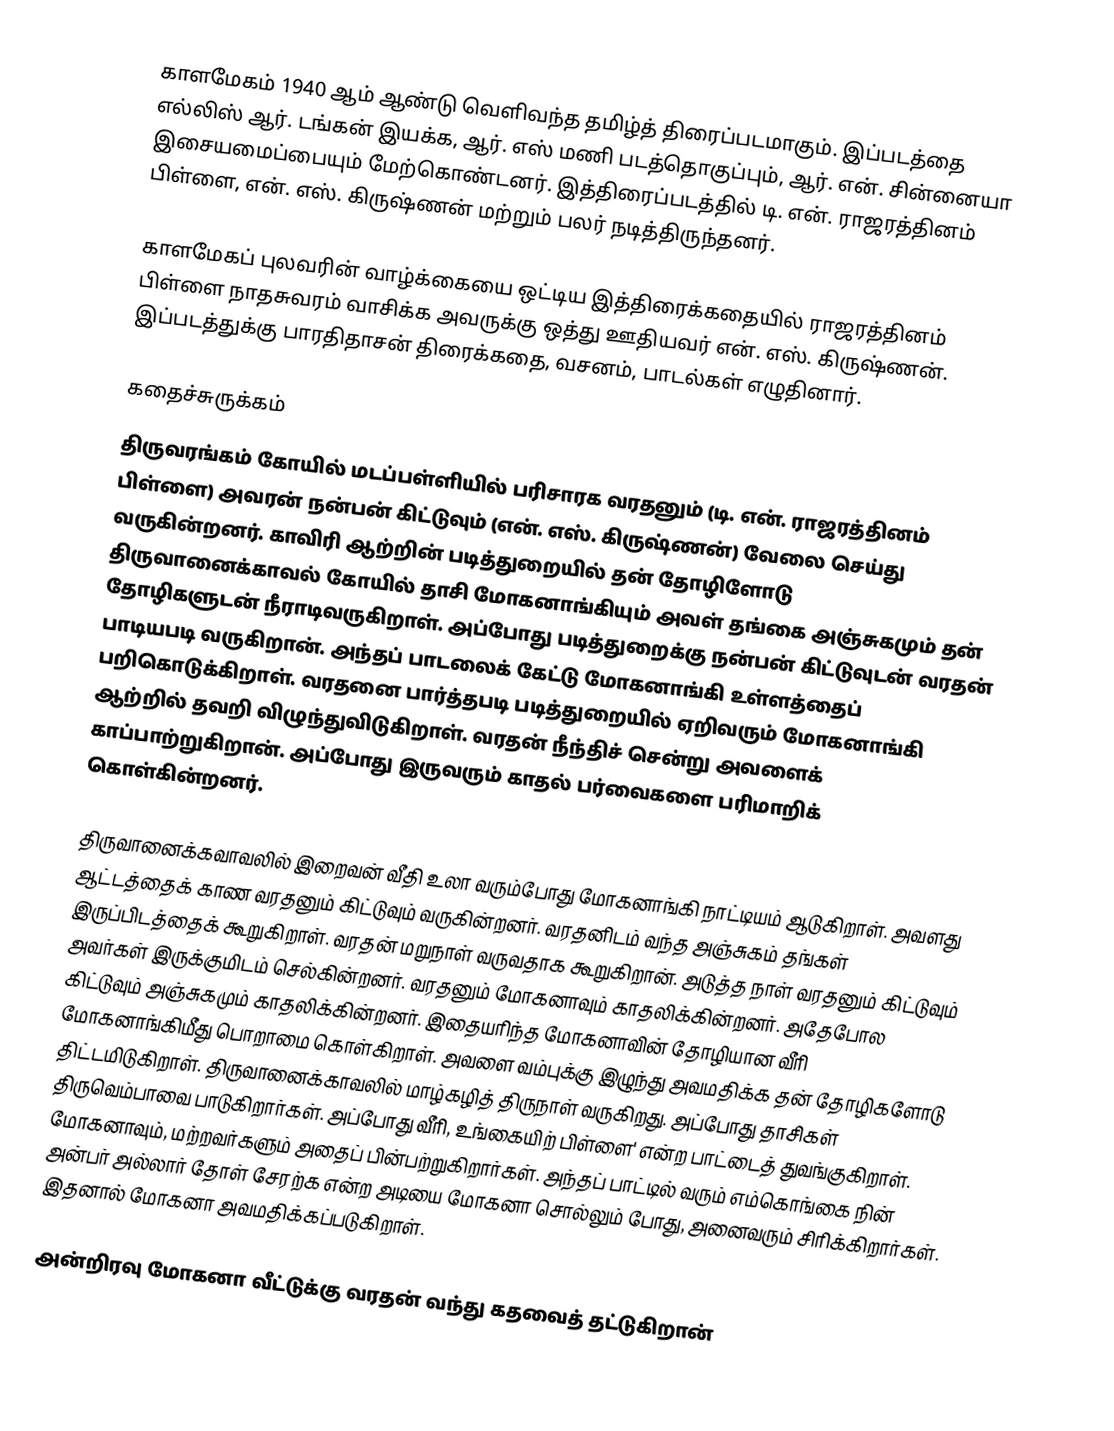
காளமேகம் 1940 ஆம் ஆண்டு வெளிவந்த தமிழ்த் திரைப்படமாகும். இப்படத்தை எல்லிஸ் ஆர். டங்கன் இயக்க, ஆர். எஸ் மணி படத்தொகுப்பும், ஆர். என். சின்னையா இசையமைப்பையும் மேற்கொண்டனர். இத்திரைப்படத்தில் டி. என். ராஜரத்தினம் பிள்ளை, என். எஸ். கிருஷ்ணன் மற்றும் பலர் நடித்திருந்தனர்.

காளமேகப் புலவரின் வாழ்க்கையை ஒட்டிய இத்திரைக்கதையில் ராஜரத்தினம் பிள்ளை நாதசுவரம் வாசிக்க அவருக்கு ஒத்து ஊதியவர் என். எஸ். கிருஷ்ணன். இப்படத்துக்கு  பாரதிதாசன் திரைக்கதை, வசனம், பாடல்கள் எழுதினார்.

கதைச்சுருக்கம்
திருவரங்கம் கோயில் மடப்பள்ளியில் பரிசாரக வரதனும் (டி. என். ராஜரத்தினம் பிள்ளை) அவரன் நன்பன் கிட்டுவும் (என். எஸ். கிருஷ்ணன்) வேலை செய்து வருகின்றனர். காவிரி ஆற்றின் படித்துறையில் தன் தோழிளோடு திருவானைக்காவல் கோயில் தாசி மோகனாங்கியும் அவள் தங்கை அஞ்சுகமும் தன் தோழிகளுடன் நீராடிவருகிறாள். அப்போது படித்துறைக்கு நன்பன் கிட்டுவுடன் வரதன் பாடியபடி வருகிறான். அந்தப் பாடலைக் கேட்டு மோகனாங்கி உள்ளத்தைப் பறிகொடுக்கிறாள். வரதனை பார்த்தபடி படித்துறையில் ஏறிவரும் மோகனாங்கி ஆற்றில் தவறி விழுந்துவிடுகிறாள். வரதன் நீந்திச் சென்று அவளைக் காப்பாற்றுகிறான்.  அப்போது இருவரும் காதல் பர்வைகளை பரிமாறிக் கொள்கின்றனர்.

திருவானைக்கவாவலில் இறைவன் வீதி உலா வரும்போது மோகனாங்கி நாட்டியம் ஆடுகிறாள். அவளது ஆட்டத்தைக் காண வரதனும் கிட்டுவும் வருகின்றனர். வரதனிடம் வந்த அஞ்சுகம் தங்கள் இருப்பிடத்தைக் கூறுகிறாள். வரதன் மறுநாள் வருவதாக கூறுகிறான். அடுத்த நாள்   வரதனும் கிட்டுவும் அவர்கள் இருக்குமிடம் செல்கின்றனர். வரதனும் மோகனாவும் காதலிக்கின்றனர். அதேபோல கிட்டுவும் அஞ்சுகமும் காதலிக்கின்றனர். இதையரிந்த மோகனாவின் தோழியான வீரி மோகனாங்கிமீது பொறாமை கொள்கிறாள். அவளை வம்புக்கு இழுந்து அவமதிக்க தன் தோழிகளோடு திட்டமிடுகிறாள். திருவானைக்காவலில் மாழ்கழித் திருநாள் வருகிறது. அப்போது தாசிகள் திருவெம்பாவை பாடுகிறார்கள். அப்போது வீரி, உங்கையிற் பிள்ளை' என்ற பாட்டைத் துவங்குகிறாள். மோகனாவும், மற்றவர்களும் அதைப் பின்பற்றுகிறார்கள். அந்தப் பாட்டில் வரும் எம்கொங்கை நின் அன்பர் அல்லார் தோள் சேரற்க என்ற அடியை மோகனா சொல்லும் போது, அனைவரும் சிரிக்கிறார்கள். இதனால் மோகனா அவமதிக்கப்படுகிறாள்.

அன்றிரவு மோகனா வீட்டுக்கு வரதன் வந்து கதவைத் தட்டுகிறான்